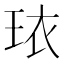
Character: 𬍠